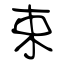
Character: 束